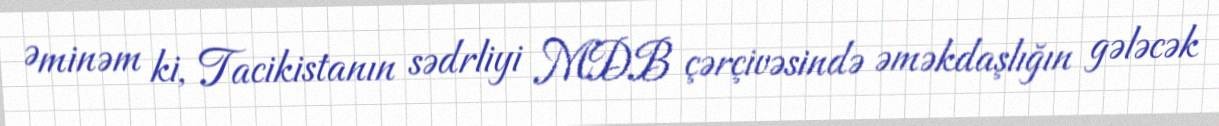
Əminəm ki, Tacikistanın sədrliyi MDB çərçivəsində əməkdaşlığın gələcək